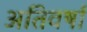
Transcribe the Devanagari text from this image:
अतिवर्षा